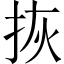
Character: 拻